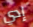
إدي